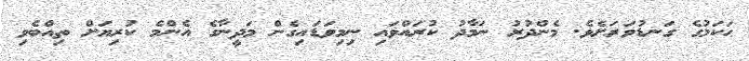
ޙަކަމުގެ ގަނޑުވަރަށެވެ. މެންދުރު ނަމާދު ކުރައްވައި ނިމިވަޑައިގެން މަދީނާގެ އެންމެ ކުރިޔަށް ތިއްބެވި